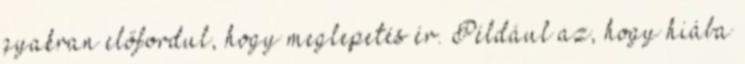
gyakran előfordul, hogy meglepetés ér. Például az, hogy hiába